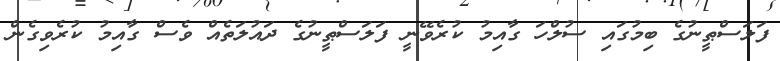
ފަލަސްޠީނުގެ ބިމުގައި ސުލްހަ ގާއިމު ކުރެވޭނީ ފަލަސްޠީނުގެ ދައުލަތެއް ވެސް ގާއިމު ކުރެވިގެން